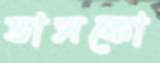
ভাসকো